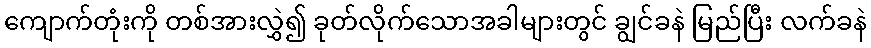
ကျောက်တုံးကို တစ်အားလွှဲ၍ ခုတ်လိုက်သောအခါများတွင် ချွင်ခနဲ မြည်ပြီး လက်ခနဲ